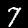
Digit: 7